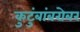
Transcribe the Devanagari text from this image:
कुटुंबांबरोबर